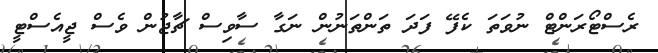
ރެސްޓޯރަންޓް ނުވަތަ ކެފޭ ފަދަ ތަންތަނުން ނަގާ ސާވިސް ޗާޖުން ވެސް ޖީއެސްޓީ